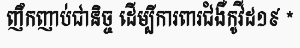
ញឹកញាប់ជានិច្ច ដើម្បីការពារជំងឺកូវីដ១៩ *